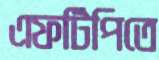
এফটিপিতে